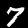
Label: 7